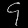
Digit: ၄